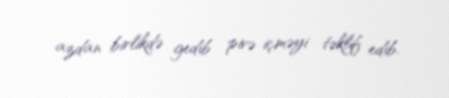
azdan birlikdə gedib pivə içməyi təklif edib.